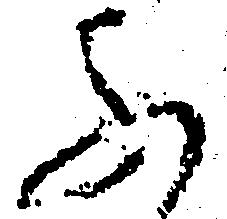
ふ